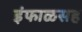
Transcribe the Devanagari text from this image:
इंफाळसह